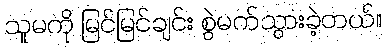
သူမကို မြင်မြင်ချင်း စွဲမက်သွားခဲ့တယ်။